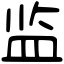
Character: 监